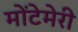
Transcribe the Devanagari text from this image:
मोंटेमेरी